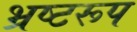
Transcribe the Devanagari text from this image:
भ्रष्टरूप